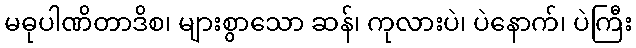
မဓုပါဏိတာဒိစ၊ များစွာသော ဆန်၊ ကုလားပဲ၊ ပဲနောက်၊ ပဲကြီး